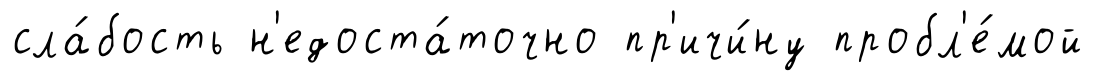
сла́бость н'едоста́точно пр'ичи́ну пробл'е́мой